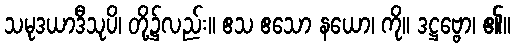
သမုဒယာဒီသုပိ၊ တို့၌လည်း။ ဧသ ဧသော နယော၊ ကို။ ဒဋ္ဌဗ္ဗော၊ ၏။